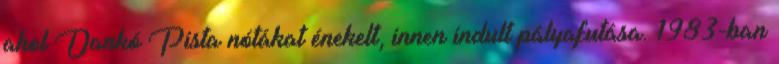
ahol Dankó Pista nótákat énekelt, innen indult pályafutása. 1983-ban